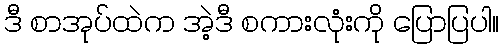
ဒီ စာအုပ်ထဲက အဲ့ဒီ စကားလုံးကို ပြောပြပါ။